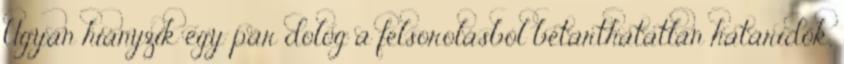
Ugyan hiányzik egy pár dolog a felsorolásból betarthatatlan határidők,